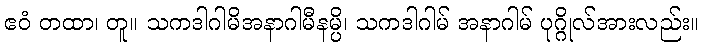
ဧဝံ တထာ၊ တူ။ သကဒါဂါမိအနာဂါမီနမ္ပိ၊ သကဒါဂါမ် အနာဂါမ် ပုဂ္ဂိုလ်အားလည်း။